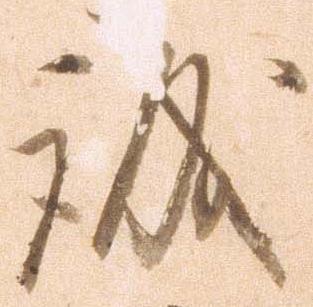
誠